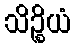
သိဉ္စိယံ